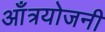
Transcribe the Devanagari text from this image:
आँत्रयोजनी